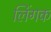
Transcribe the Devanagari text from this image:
लिंगक